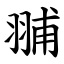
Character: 䎍